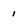
Character: 1